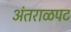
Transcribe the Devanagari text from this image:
अंतराळपट